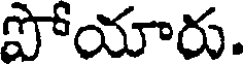
పోయారు.